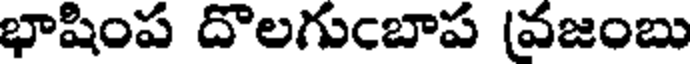
భాషింప దొలగుఁబాప (వజంబు